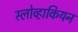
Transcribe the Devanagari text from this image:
स्लोव्हाकियन